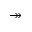
\twoheadrightarrow